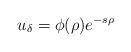
LaTeX: \begin{align*} u_\delta=\phi(\rho) e^{-s\rho} \end{align*}